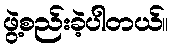
ဖွဲ့စည်းခဲ့ပါတယ်။